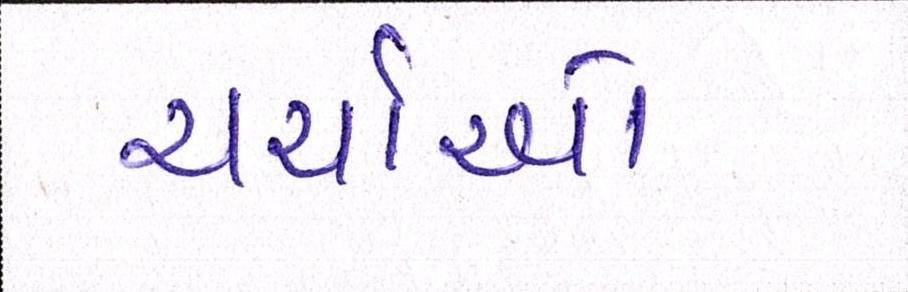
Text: ચર્ચાઓ